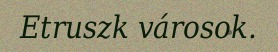
Etruszk városok.